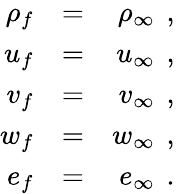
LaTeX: \begin{array}{rlr}{{\rho_{f}}}&{{}{=}}&{{\rho_{\infty}\, \mathrm{~,~}}}\\ {{u_{f}}}&{{}{=}}&{{u_{\infty}\, \mathrm{~,~}}}\\ {{v_{f}}}&{{}{=}}&{{v_{\infty}\, \mathrm{~,~}}}\\ {{w_{f}}}&{{}{=}}&{{w_{\infty}\, \mathrm{~,~}}}\\ {{e_{f}}}&{{}{=}}&{{e_{\infty}\, \mathrm{~.~}}}\end{array}